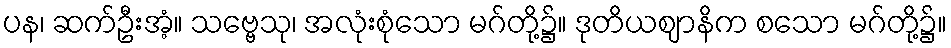
ပန၊ ဆက်ဦးအံ့။ သဗ္ဗေသု၊ အလုံးစုံသော မဂ်တို့၌။ ဒုတိယဈာနိက စသော မဂ်တို့၌။